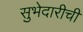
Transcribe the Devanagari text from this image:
सुभेदारीची